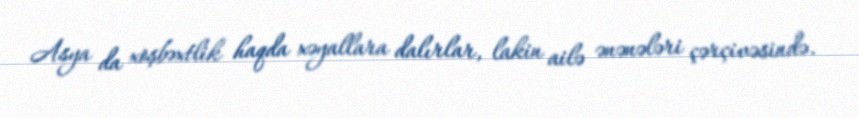
Asya da xoşbəxtlik haqda xəyallara dalırlar, lakin ailə ənənələri çərçivəsində.